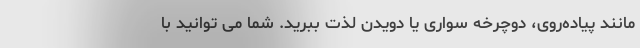
مانند پیاده‌روی، دوچرخه سواری یا دویدن لذت ببرید. شما می توانید با